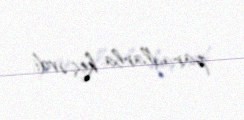
paradlarla keçərdi.